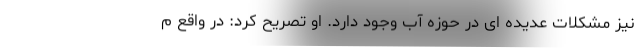
نیز مشکلات عدیده ای در حوزه آب وجود دارد. او تصریح کرد: در واقع م